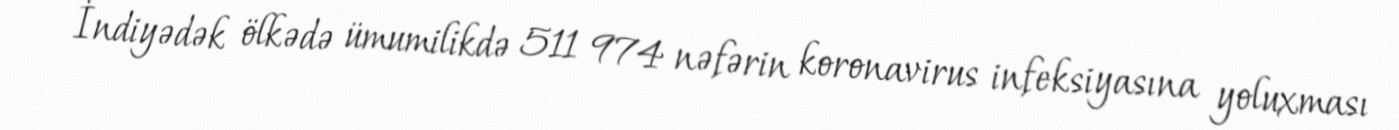
İndiyədək ölkədə ümumilikdə 511 974 nəfərin koronavirus infeksiyasına yoluxması